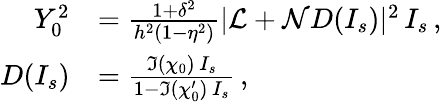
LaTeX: \begin{array}{rl}{Y_{0}^{2}}&{=\frac{1+\delta^{2}}{h^{2}(1-\eta^{2})}|\mathcal{L}+\mathcal{N}D(I_{s})|^{2}\, I_{s}\, ,}\\ {D(I_{s})}&{=\frac{\Im{(\chi_{0})}\, I_{s}}{1-\Im{(\chi_{0}^{\prime})}\, I_{s}}\, ,}\end{array}